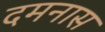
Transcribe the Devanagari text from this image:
दमनास